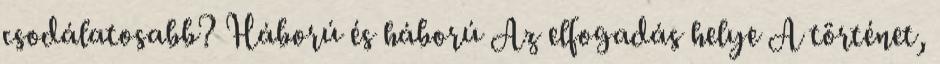
csodálatosabb? Háború és háború Az elfogadás helye A történet,